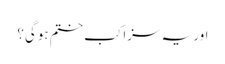
اور یہ سزا کب ختم ہوگی؟